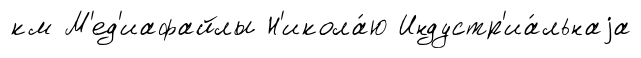
км М'ед'иафайлы Н'икола́ю Индустр'иа́льнаjа